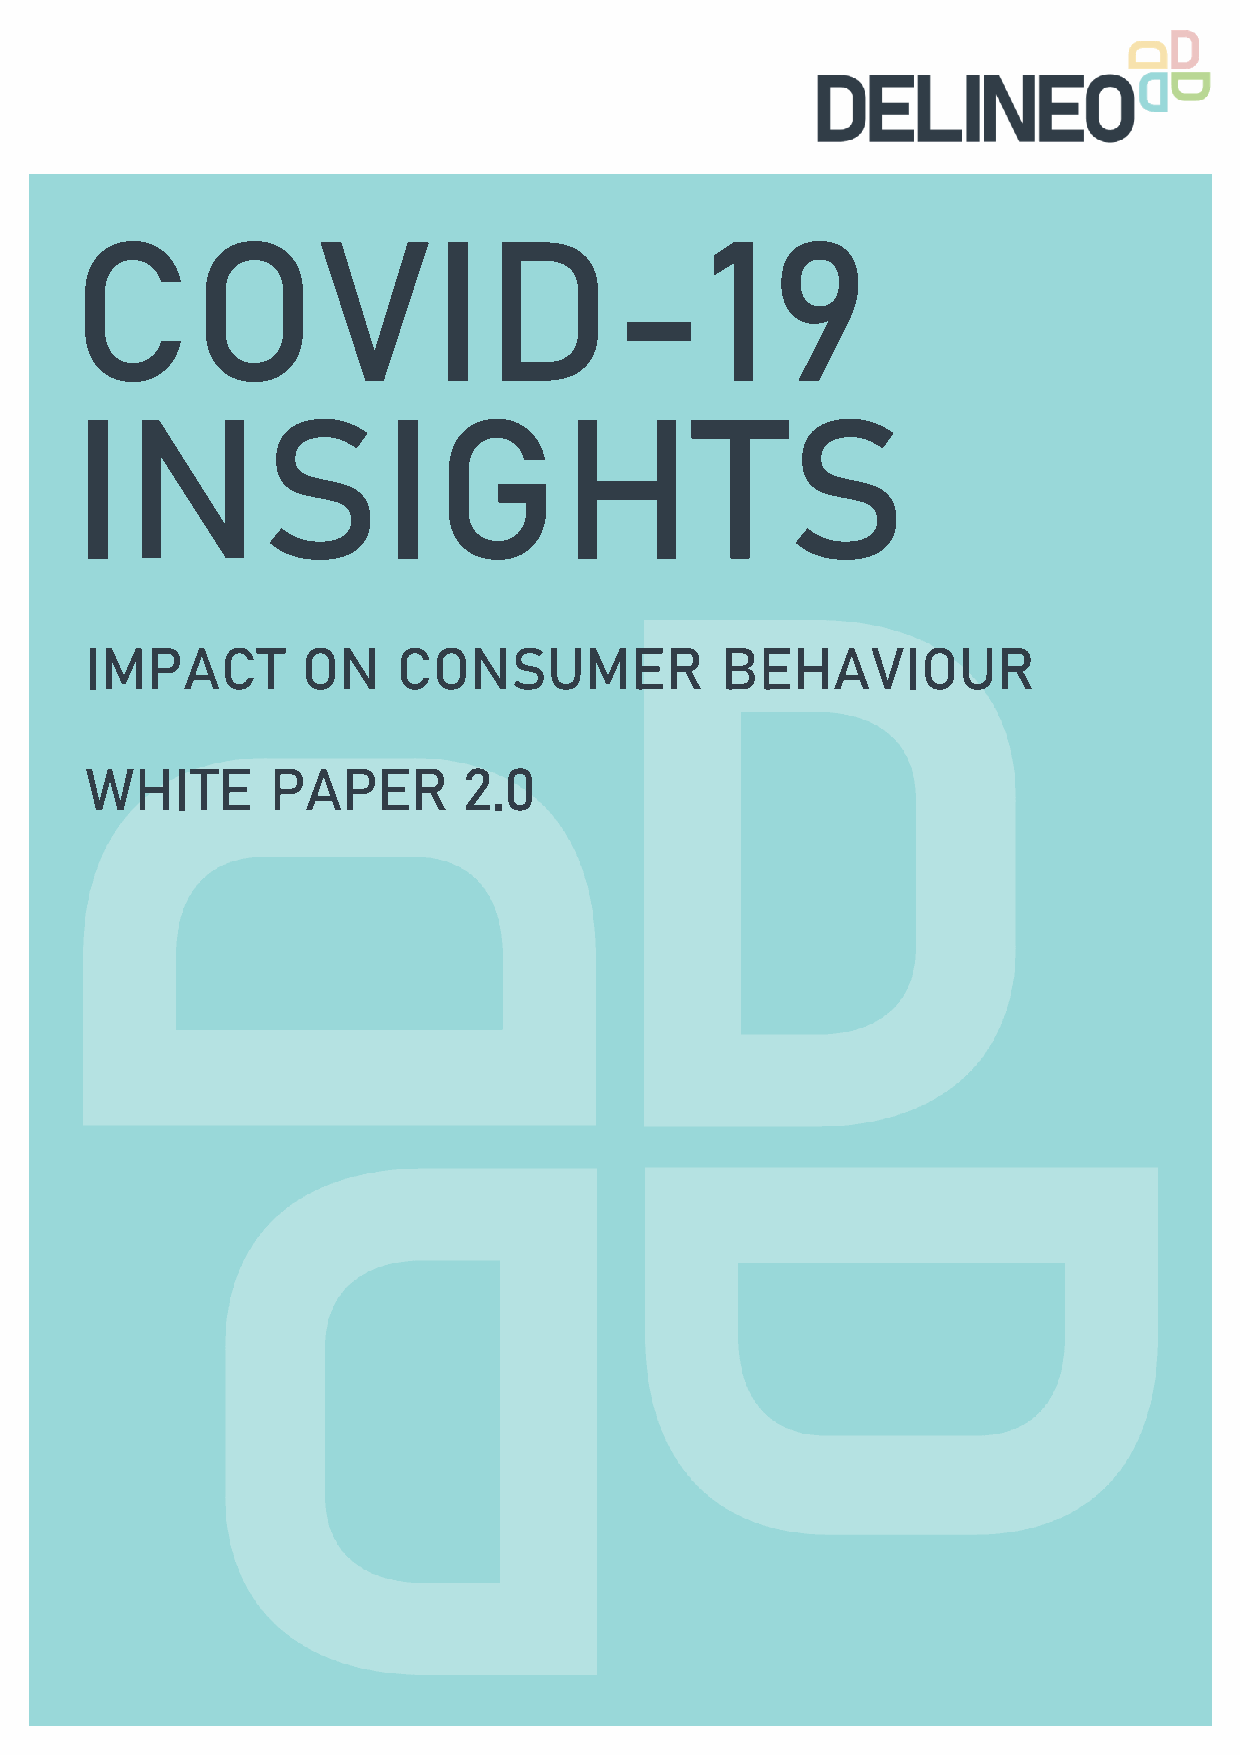
COVID-19
 INSIGHTS
 IMPACT        ON    CONSUMER              BEHAVIOUR
 WHITE       PAPER        2.0